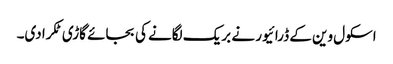
اسکول وین کے ڈرائیور نے بریک لگانے کی بجائے گاڑی ٹکرادی۔